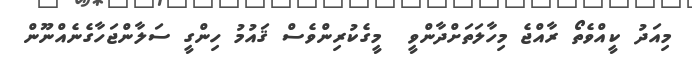
މިއަދު ކީއްވެތޯ ރާއްޖެ މިހާލަތަށްދާންވީ  މީގެކުރިންވެސް ޤައުމު ހިންގީ ސަލާންޖަހާގެނެއްނޫން